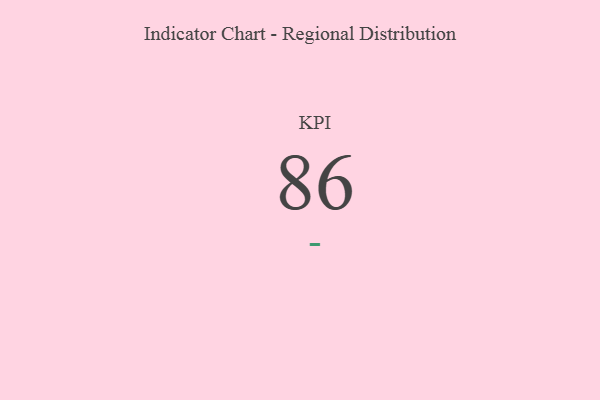
{"axis": {"x": "KPI", "y": "Value"}, "legend": [""], "data": [{"x": "KPI", "y": 86, "type": ""}]}